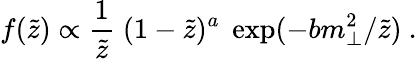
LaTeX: f(\tilde{z})\propto\frac{1}{\tilde{z}}\; (1-\tilde{z})^{a}\; \exp(-bm_{\perp}^{2}/\tilde{z})~.